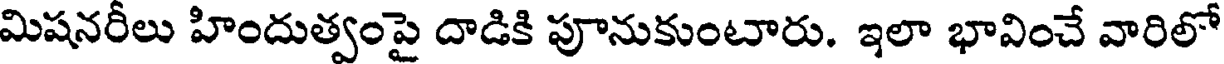
మిషనరీలు హిందుత్వంపై దాడికి పూనుకుంటారు. ఇలా భావించే వారిలో